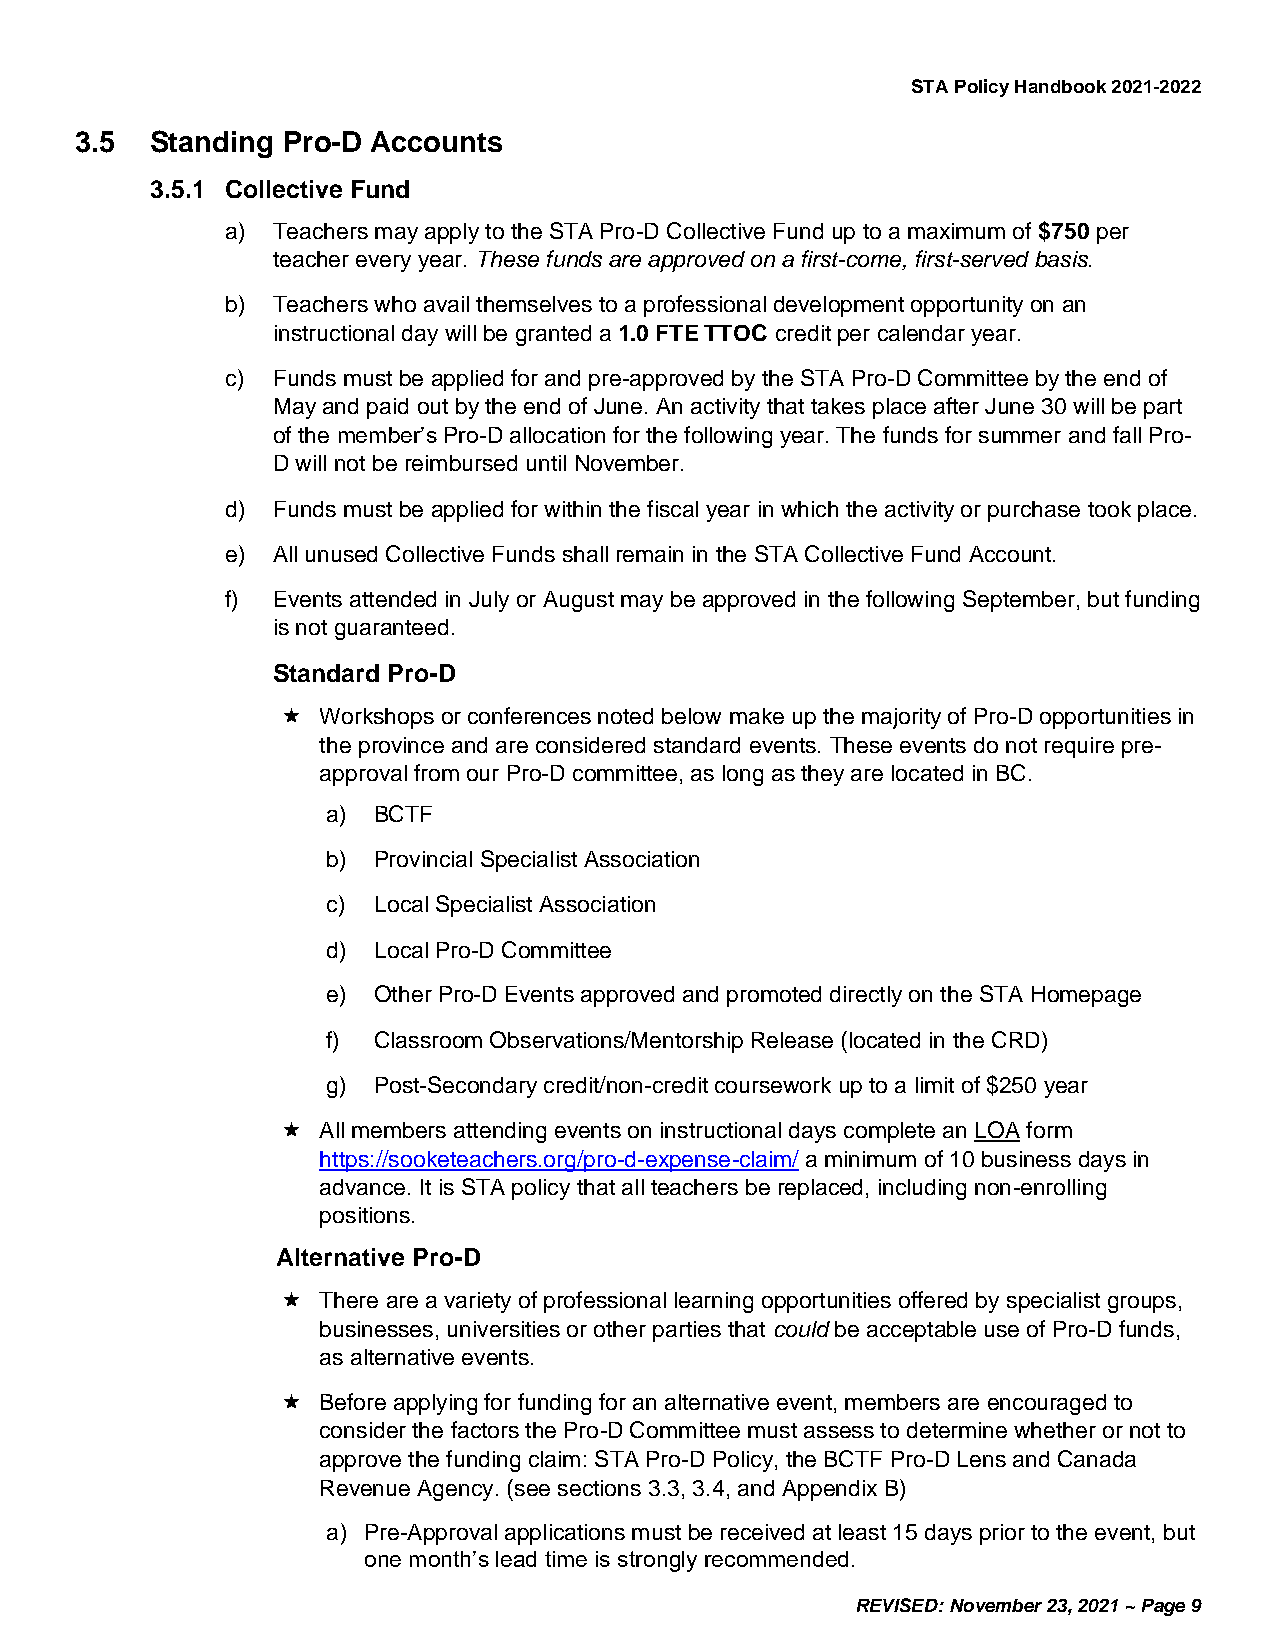
STA Policy Handbook 2021-2022
 3.5  Standing Pro-D Accounts
 3.5.1 Collective Fund
 a) Teachers may apply to the STA Pro-D Collective Fund up to a maximum of $750 per
 teacher every year. These funds are approved on a first-come, first-served basis.
 b) Teachers who avail themselves to a professional development opportunity on an
 instructional day will be granted a 1.0 FTE TTOC credit per calendar year.
 c) Funds must be applied for and pre-approved by the STA Pro-D Committee by the end of
 May and paid out by the end of June. An activity that takes place after June 30 will be part
 of the member’s Pro-D allocation for the following year. The funds for summer and fall Pro-
 D will not be reimbursed until November.
 d) Funds must be applied for within the fiscal year in which the activity or purchase took place.
 e) All unused Collective Funds shall remain in the STA Collective Fund Account.
 f) Events attended in July or August may be approved in the following September, but funding
 is not guaranteed.
 Standard Pro-D
 Workshops or conferences noted below make up the majority of Pro-D opportunities in
 the province and are considered standard events. These events do not require pre-
 approval from our Pro-D committee, as long as they are located in BC.
 a) BCTF
 b) Provincial Specialist Association
 c) Local Specialist Association
 d) Local Pro-D Committee
 e) Other Pro-D Events approved and promoted directly on the STA Homepage
 f) Classroom Observations/Mentorship Release (located in the CRD)
 g) Post-Secondary credit/non-credit coursework up to a limit of $250 year
 All members attending events on instructional days complete an LOA form
 https://sooketeachers.org/pro-d-expense-claim/ a minimum of 10 business days in
 advance. It is STA policy that all teachers be replaced, including non-enrolling
 positions.
 Alternative Pro-D
 There are a variety of professional learning opportunities offered by specialist groups,
 businesses, universities or other parties that could be acceptable use of Pro-D funds,
 as alternative events.
 Before applying for funding for an alternative event, members are encouraged to
 consider the factors the Pro-D Committee must assess to determine whether or not to
 approve the funding claim: STA Pro-D Policy, the BCTF Pro-D Lens and Canada
 Revenue Agency. (see sections 3.3, 3.4, and Appendix B)
 a) Pre-Approval applications must be received at least 15 days prior to the event, but
 one month’s lead time is strongly recommended.
 REVISED: November 23, 2021 ~ Page 9